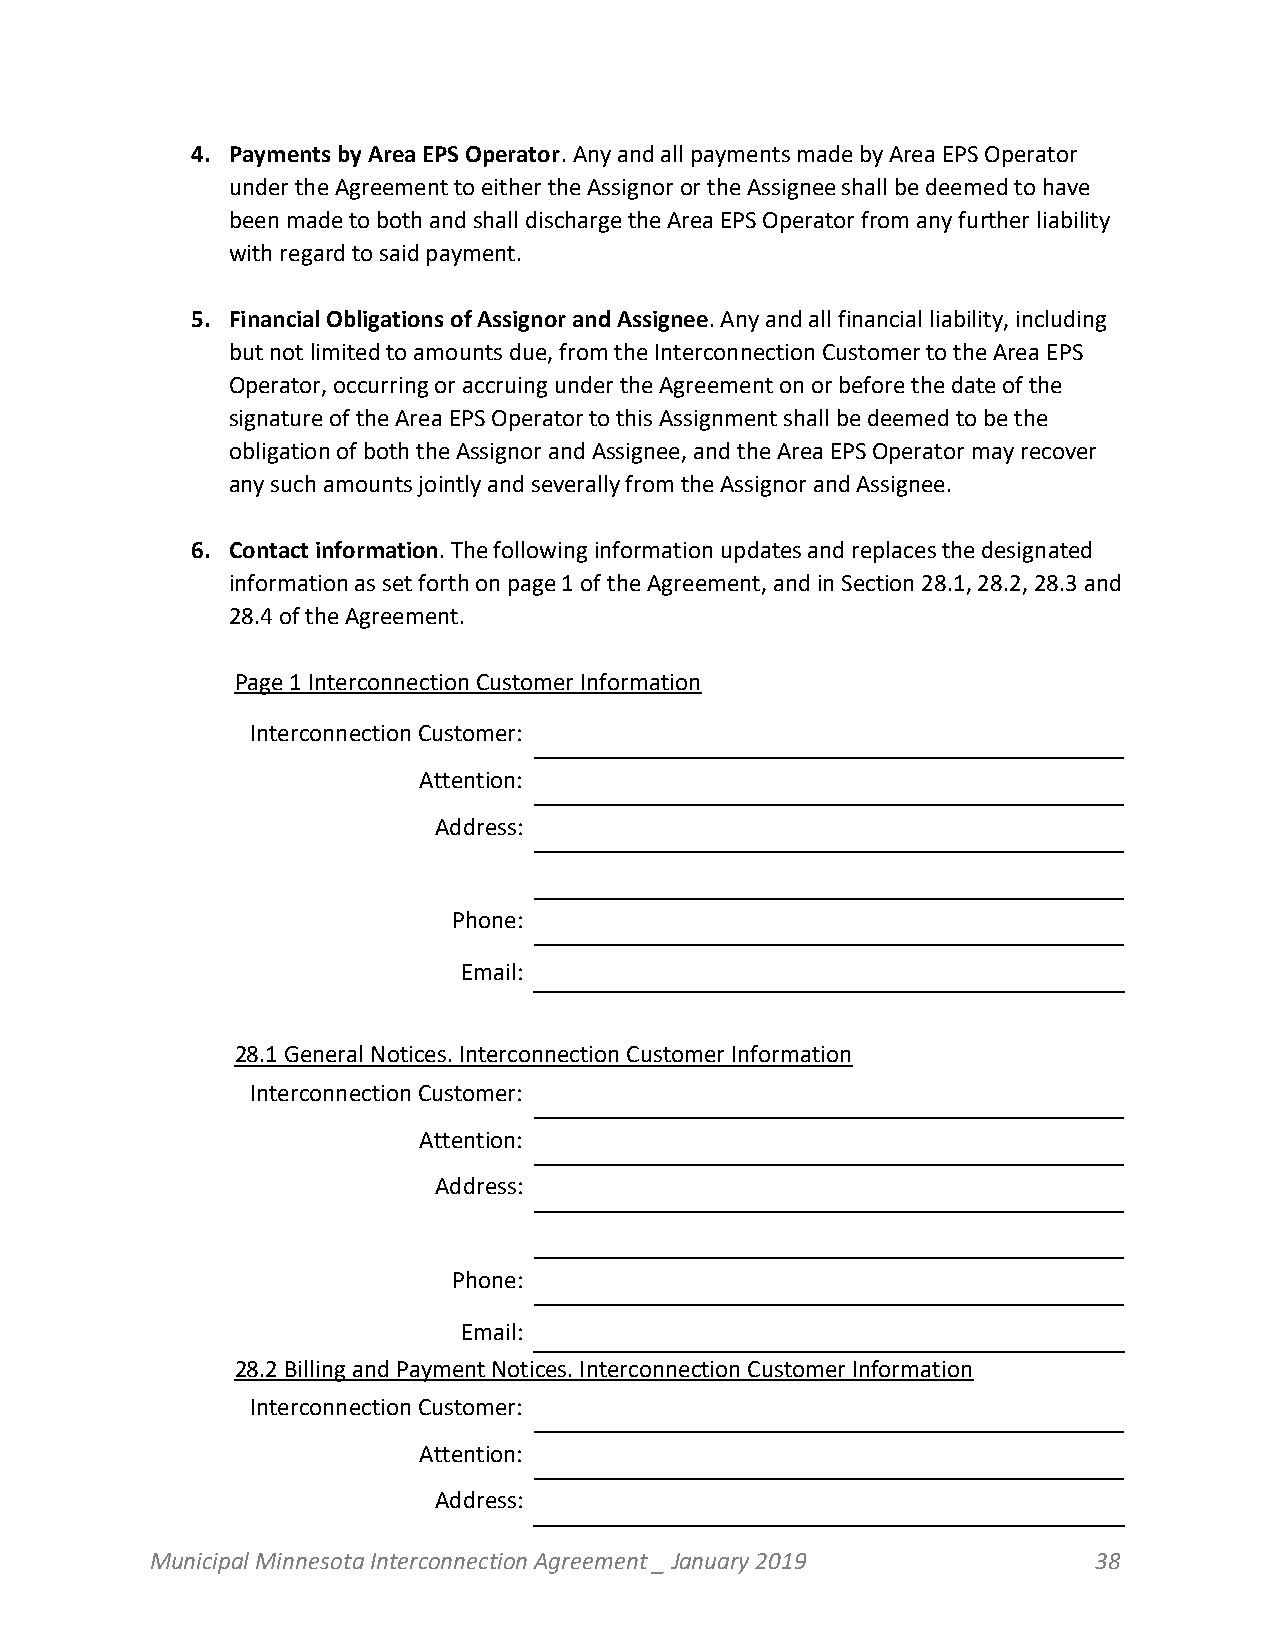
4. Payments by Area EPS Operator. Any and all payments made by Area EPS Operator
 under the Agreement to either the Assignor or the Assignee shall be deemed to have
 been made to both and shall discharge the Area EPS Operator from any further liability
 with regard to said payment.
 5. Financial Obligations of Assignor and Assignee. Any and all financial liability, including
 but not limited to amounts due, from the Interconnection Customer to the Area EPS
 Operator, occurring or accruing under the Agreement on or before the date of the
 signature of the Area EPS Operator to this Assignment shall be deemed to be the
 obligation of both the Assignor and Assignee, and the Area EPS Operator may recover
 any such amounts jointly and severally from the Assignor and Assignee.
 6. Contact information. The following information updates and replaces the designated
 information as set forth on page 1 of the Agreement, and in Section 28.1, 28.2, 28.3 and
 28.4 of the Agreement.
 Page 1 Interconnection Customer Information
 Interconnection Customer:
 Attention:
 Address:
 Phone:
 Email:
 28.1 General Notices. Interconnection Customer Information
 Interconnection Customer:
 Attention:
 Address:
 Phone:
 Email:
 28.2 Billing and Payment Notices. Interconnection Customer Information
 Interconnection Customer:
 Attention:
 Address:
 Municipal Minnesota Interconnection Agreement _ January 2019   38